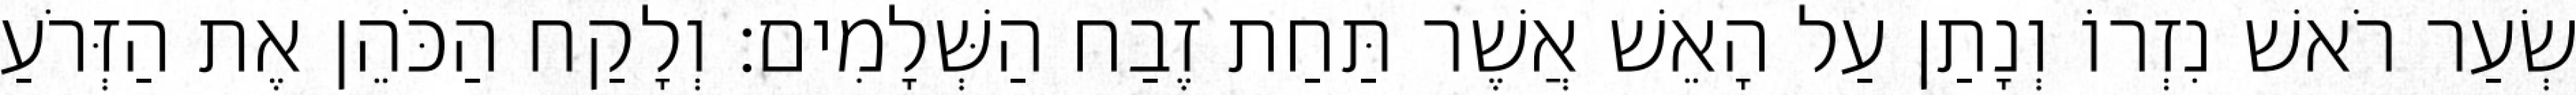
שְׂעַר רֹאשׁ נִזְרוֹ וְנָתַן עַל הָאֵשׁ אֲשֶׁר תַּחַת זֶבַח הַשְּׁלָמִים׃ וְלָקַח הַכֹּהֵן אֶת הַזְּרֹעַ